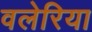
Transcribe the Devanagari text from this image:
वलेरिया